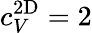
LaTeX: c_{V}^{\mathrm{2D}}=2